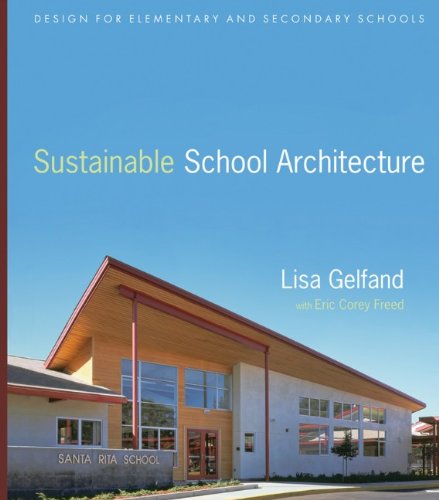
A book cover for Sustainable School Architecture: Design for Elementary and Secondary Schools; Lisa Gelfand; Arts & Photography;